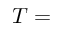
T =